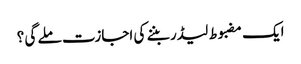
ایک مضبوط لیڈر بننے کی اجازت ملے گی ؟